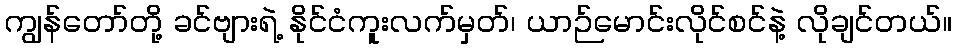
ကျွန်တော်တို့ ခင်ဗျားရဲ့ နိုင်ငံကူးလက်မှတ်၊ ယာဉ်မောင်းလိုင်စင်နဲ့ လိုချင်တယ်။